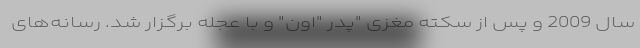
سال 2009 و پس از سکته مغزی "پدر "اون" و با عجله برگزار شد. رسانه‌های